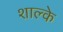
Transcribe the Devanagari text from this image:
शाल्के